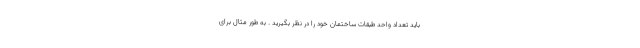
باید تعداد واحد طبقات ساختمان خود را در نظر بگیرید . به طور مثال برای